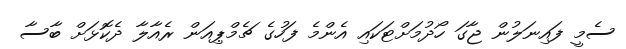
ސެމީ ފައިނަލުން ޖާގަ ހޯދުމަށްޓަކައި އެންމެ ފަހުގެ ޗެމްޕިއަން ރެއާލާ ދެކޮޅަށް ބާސާ